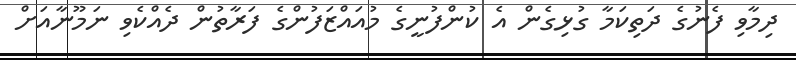
ދިމާވި ފެނުގެ ދަތިކަމާ ގުޅިގެން އެ ކުންފުނީގެ މުއައްޒަފުންގެ ފަރާތުން ދެއްކެވި ނަމޫނާއަށް